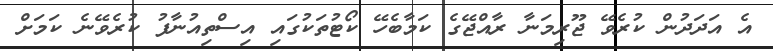
އެ އަދަދުން ކުރެވޭ ޖޫރިމަނާ ރާއްޖޭގެ ކަމާބެހޭ ކޯޓުތަކުގައި އިސްތިއުނާފު ކުރެވޭނެ ކަމަށް